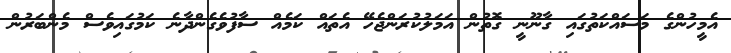
އެމީހުންގެ މަސައްކަތުގައި ގާނޫނީ ގޮތުން އަމަލުކުރަންޖެހޭ އެތައް ކަމެއް ސާފުވެގެންދާނެ ކަމުގައިވެސް މެންބަރުން